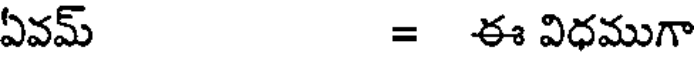
ఏవమ్ = ఈ విధముగా